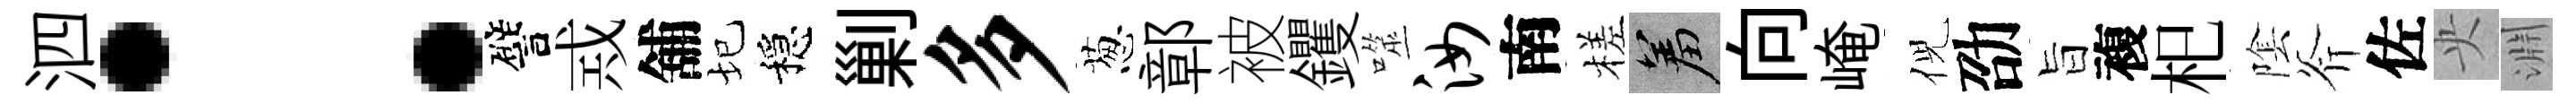
泗：譬𢦶舖圮穩剿多葱鄣被钁噬汝南槎羞向崦倪劭旨複𣏌隂斧佐央淵